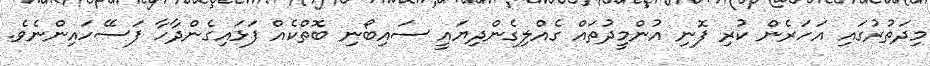
މިދަތުރުގައި އަހަރެން ކުރި ފޮނި އުންމީދުތައް ގެއްލިގެންދިޔައީ ސައިބޯނި ބޮތްކެއް ފަޅައިގެންދާހާ ފަސޭހައިންނެވެ.